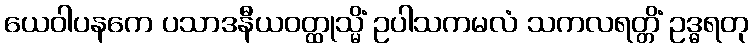
ယေဝါပနကေ ပသာဒနီယဝတ္ထုသ္မိံ ဥပါသကမလံ သကလရတ္တိံ ဥဒ္ဓရတု